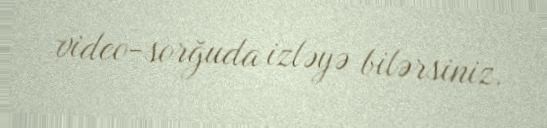
video-sorğuda izləyə bilərsiniz.